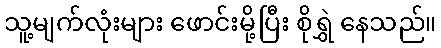
သူ့မျက်လုံးများ ဖောင်းမို့ပြီး စိုရွှဲ နေသည်။